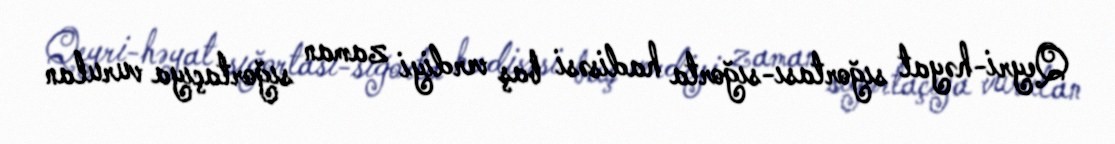
Qeyri-həyat sığortası-sığorta hadisəsi baş verdiyi zaman sığortaçıya vurulan